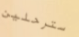
سترحلين